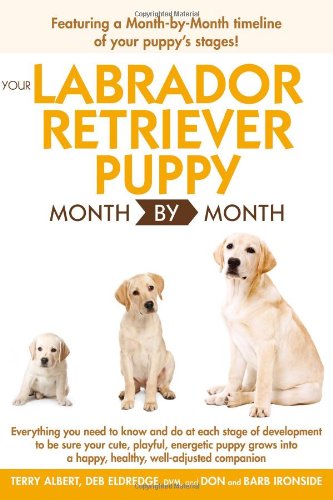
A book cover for Your Labrador Retriever Puppy Month By Month; Terry Albert; Crafts, Hobbies & Home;